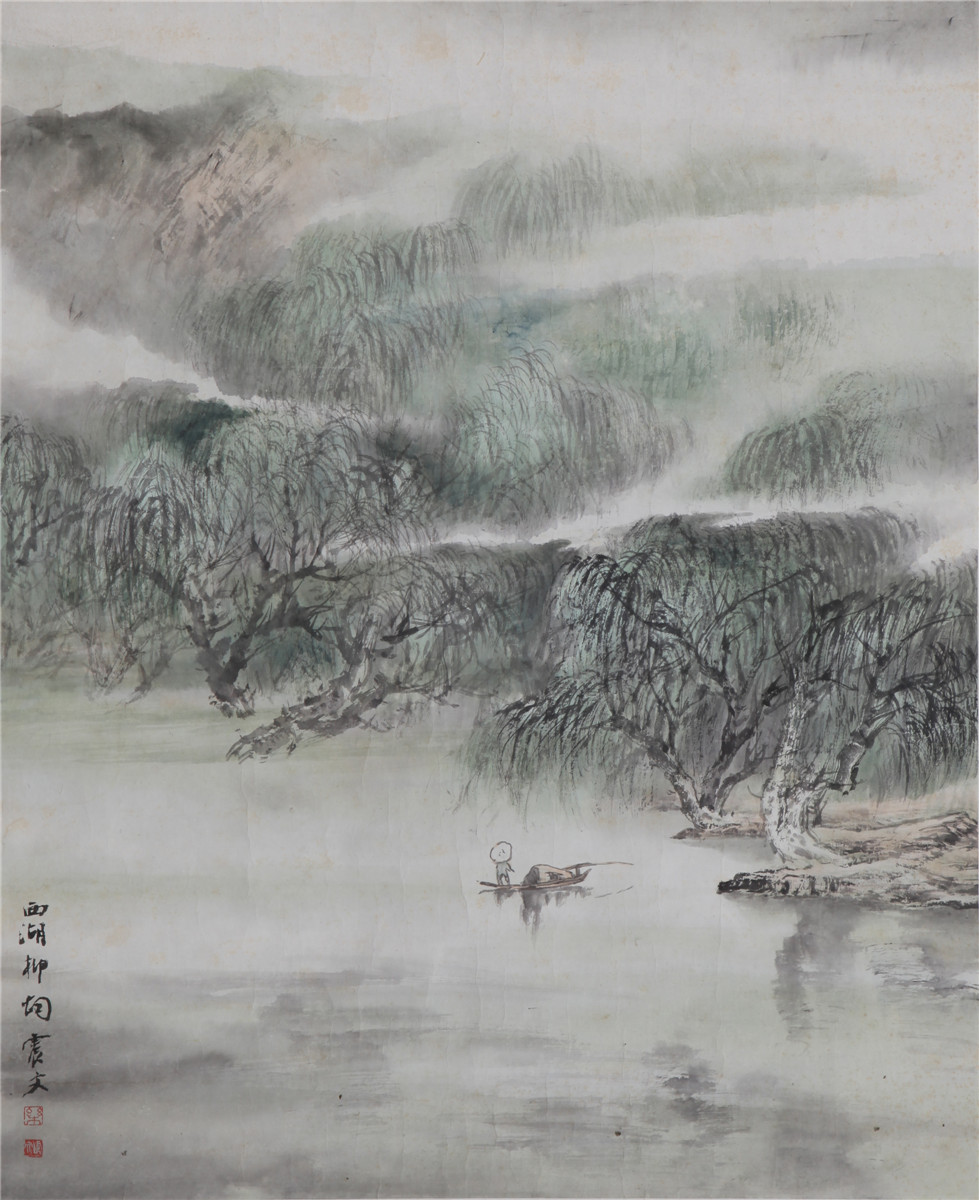
新烟禁柳，想如今绿到西湖。